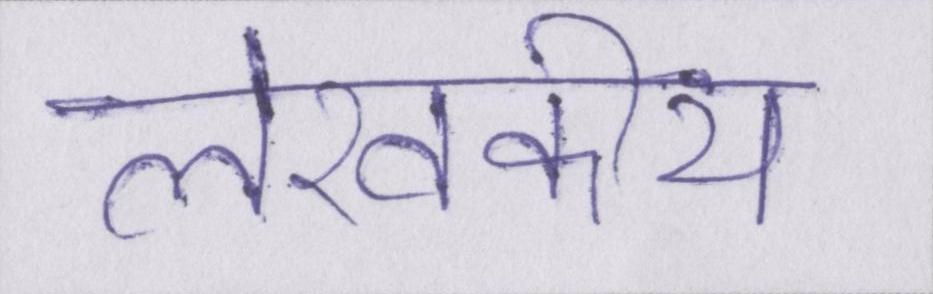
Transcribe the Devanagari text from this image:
लेखकीय